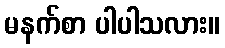
မနက်စာ ပါပါသလား။